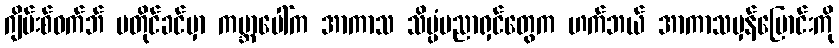
ဂျိမ်းစ်ဝက်ဘ် မတိုင်ခင်မှာ ကမ္ဘာပေါ်က အာကာသ သိပ္ပံပညာရှင်တွေက ဟက်ဘယ် အာကာသမှန်ပြောင်းကို